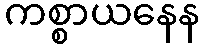
ကစ္စာယနေန